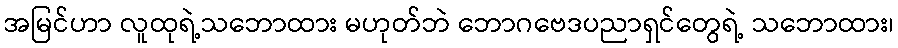
အမြင်ဟာ လူထုရဲ့သဘောထား မဟုတ်ဘဲ ဘောဂဗေဒပညာရှင်တွေရဲ့ သဘောထား၊